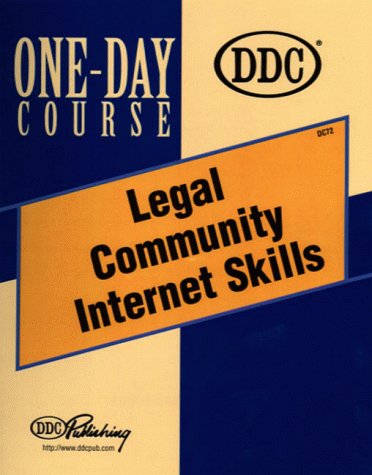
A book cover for Legal Community Internet Skills One-Day Course; Curt Robbins; Law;